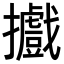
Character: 𢹍